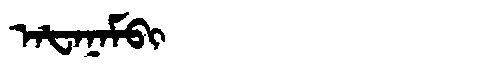
Manchu: ᠠᡶᠠᠨᠠᠮᠪᡳ
Romanization: AFANAMBI